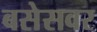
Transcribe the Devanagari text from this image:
बसेसवर